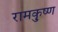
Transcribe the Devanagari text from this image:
रामकृुष्ण